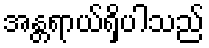
အန္တရာယ်ရှိပါသည်